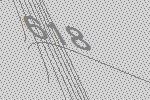
618